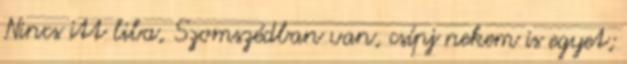
Nincs itt liba, Szomszédban van, csípj nekem is egyet;